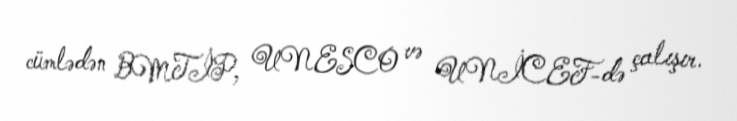
cümlədən BMTİP, UNESCO və UNİCEF-də çalışır.